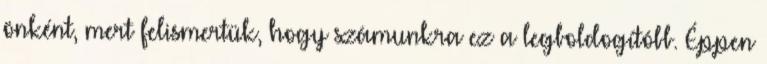
önként, mert felismertük, hogy számunkra ez a legboldogítóbb. Éppen